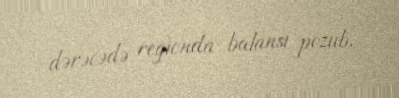
dərəcədə regionda balansı pozub.